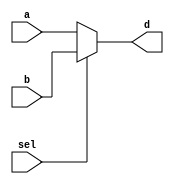
`timescale 1ns / 1ps
//////////////////////////////////////////////////////////////////////////////////
// Company: 
// 
// Design Name: 
// Module Name: Mux2To1
// Project Name: Assignment 1
// Target Devices: 
// Tool Versions: 
// Description: Multiplexor(2To1)
// 
// Dependencies: 
// 
// Revision:
// Revision 0.01 - File Created
// Additional Comments:
// 
//////////////////////////////////////////////////////////////////////////////////


module Mux2To1 #(parameter DATAWIDTH = 2)(a, b, sel, d);
    input [DATAWIDTH-1:0] a, b;
    input sel;
    
    output reg [DATAWIDTH-1:0] d;
    
    always @(a, b, sel) begin
        if(sel == 1'b0) begin
            d <= a;
        end
        else begin
            d <= b;
        end
    end
endmodule